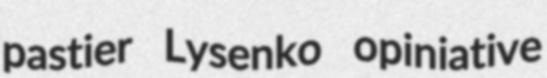
pastier Lysenko opiniative